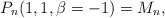
\begin{gather*}P_n(1,1,\beta=-1) = M_n,\end{gather*}